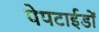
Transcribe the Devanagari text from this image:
पेपटाईडों